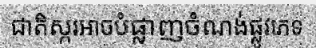
ជាតិស្ករអាចបំផ្លាញចំណង់ផ្លូវភេទ